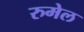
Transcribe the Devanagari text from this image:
रुमेल